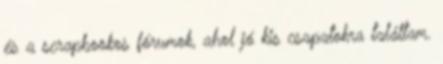
és a scrapbookos fórumok, ahol jó kis csapatokra találtam.